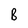
Character: B